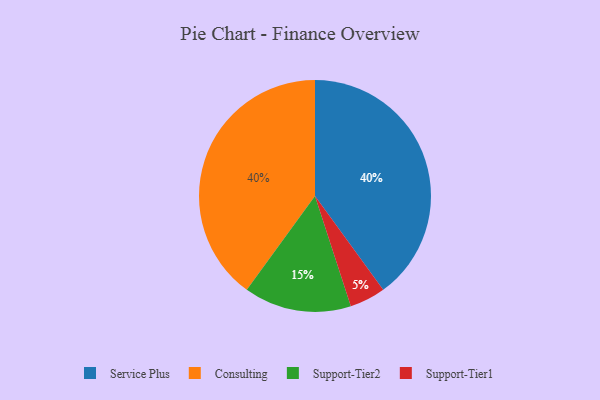
{"axis": {"x": "Category", "y": "Percentage"}, "legend": ["Consulting", "Service Plus", "Support-Tier1", "Support-Tier2"], "data": [{"x": "Support-Tier2", "y": 15, "type": "Support-Tier2"}, {"x": "Service Plus", "y": 40, "type": "Service Plus"}, {"x": "Support-Tier1", "y": 5, "type": "Support-Tier1"}, {"x": "Consulting", "y": 40, "type": "Consulting"}]}